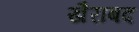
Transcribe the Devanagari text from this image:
खैराबद